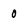
Character: o